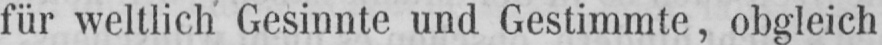
für weltlich Gesinnte und Gestimmte, obgleich